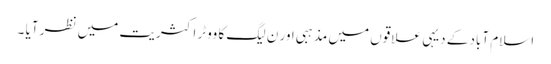
اسلام آباد کے دیہی علاقوں میں مذہبی اور ن لیگ کا ووٹر اکثریت میں نظر آیا ۔